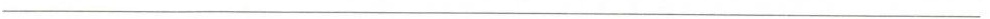
___